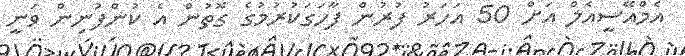
އެމްއޭސީއެލް އަށް 50 އަހަރު ފުރުން ފާހަގަކުރުމުގެ ގޮތުން އެ ކުންފުނިން ވަނީ